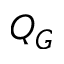
Q _ { G }